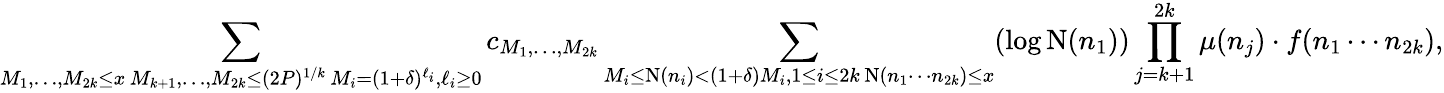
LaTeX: \sum_{\substack{M_{1},\ldots,M_{2k}\leq x\, M_{k+1},\ldots,M_{2k}\leq(2P)^{1/k}\, M_{i}=(1+\delta)^{\ell_{i}},\ell_{i}\geq 0}}c_{M_{1},\ldots,M_{2k}}\sum_{\substack{M_{i}\leq\textnormal{N}(n_{i})<(1+\delta)M_{i},1\le i\le 2k\, \textnormal{N}(n_{1}\cdots n_{2k})\leq x}}(\log\textnormal{N}(n_{1}))\prod_{j=k+1}^{2k}\mu(n_{j})\cdot f(n_{1}\cdots n_{2k}),